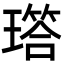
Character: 𬎐